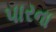
પારના